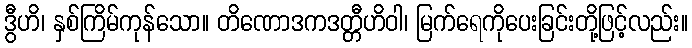
ဒွီဟိ၊ နှစ်ကြိမ်ကုန်သော။ တိဏောဒကဒတ္တီဟိဝါ၊ မြက်ရေကိုပေးခြင်းတို့ဖြင့်လည်း။